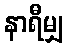
နာရီမျှ